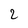
Character: 2